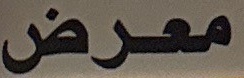
معرض